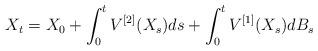
LaTeX: \begin{align*}X_t =X_0+ \int_0^t V^{[2]}(X_s)ds+\int_0^t V^{[1]}(X_s) dB_s\end{align*}